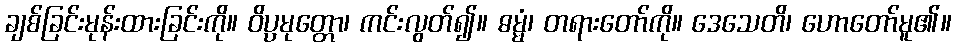
ချစ်ခြင်းမုန်းထားခြင်းကို။ ဝိပ္ပမုတ္တော၊ ကင်းလွတ်၍။ ဓမ္မံ၊ တရားတော်ကို။ ဒေသေတိ၊ ဟောတော်မူ၏။